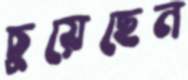
চুয়েছেন